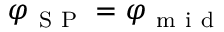
\varphi _ { \mathrm { ~ S ~ P ~ } } = \varphi _ { \mathrm { ~ m ~ i ~ d ~ } }